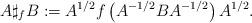
LaTeX: \begin{align*}A\sharp _{f}B:=A^{1/2}f\left( A^{-1/2}BA^{-1/2}\right) A^{1/2}.\end{align*}